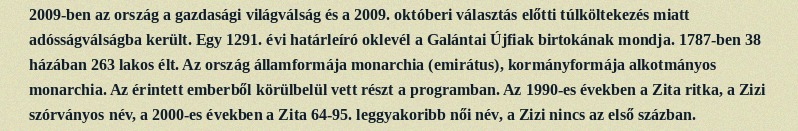
2009-ben az ország a gazdasági világválság és a 2009. októberi választás előtti túlköltekezés miatt adósságválságba került. Egy 1291. évi határleíró oklevél a Galántai Újfiak birtokának mondja. 1787-ben 38 házában 263 lakos élt. Az ország államformája monarchia (emirátus), kormányformája alkotmányos monarchia. Az érintett emberből körülbelül vett részt a programban. Az 1990-es években a Zita ritka, a Zizi szórványos név, a 2000-es években a Zita 64-95. leggyakoribb női név, a Zizi nincs az első százban.